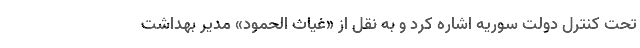
تحت کنترل دولت سوریه اشاره کرد و به نقل از «غیاث الحمود» مدیر بهداشت